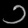
Digit: ၁